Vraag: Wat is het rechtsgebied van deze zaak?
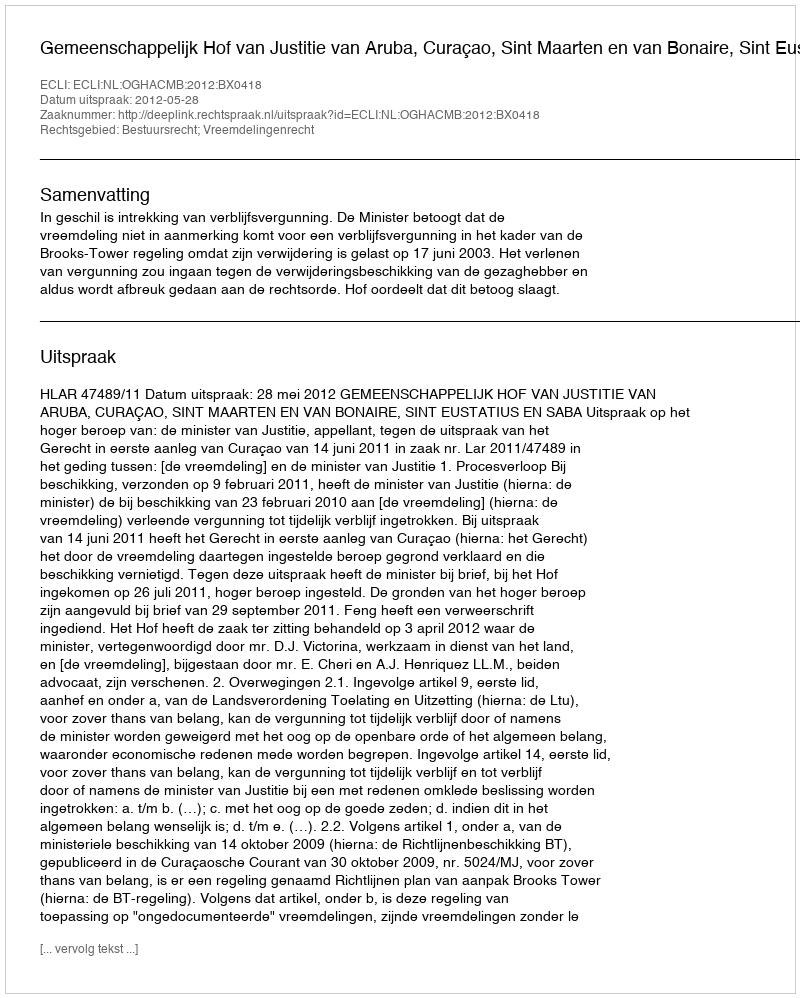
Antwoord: Bestuursrecht; Vreemdelingenrecht